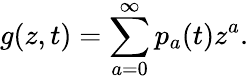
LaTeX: g(z,t)=\sum_{a=0}^{\infty}p_{a}(t)z^{a}.